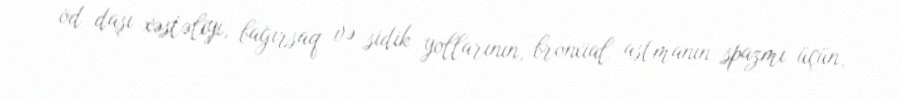
öd daşı xəstəliyi, bağırsaq və sidik yollarının, bronxial astmanın spazmı üçün,